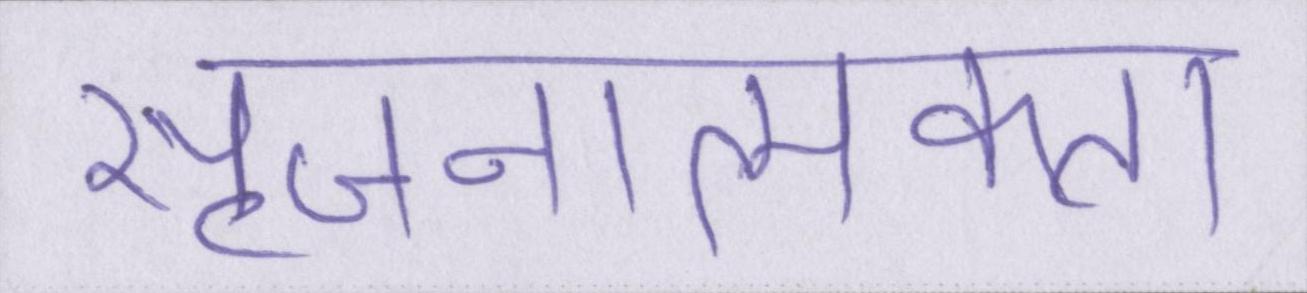
सृजनात्मकता